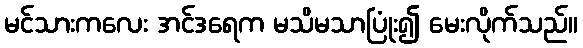
မင်သားကလေး အင်ဒရေက မသိမသာပြုံး၍ မေးလိုက်သည်။